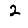
Digit: 2